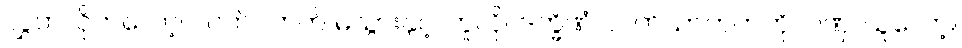
လွှတ်လိုက်လော့။ လက်ဝဲဘက် မသွားနှင့်၊ ဟူလို။ ဒက္ခိဏံ၊ လက်ယာဘက်ကို။ ဂဏှ၊ ယူလော့။